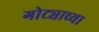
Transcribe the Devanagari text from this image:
गोट्याच्या